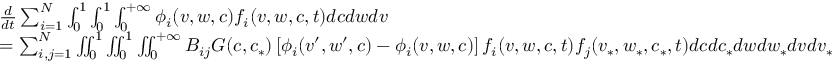
\begin{array} { r l } & { \frac { d } { d t } \sum _ { i = 1 } ^ { N } \int _ { 0 } ^ { 1 } \int _ { 0 } ^ { 1 } \int _ { 0 } ^ { + \infty } \phi _ { i } ( v , w , c ) f _ { i } ( v , w , c , t ) d c d w d v } \\ & { = \sum _ { i , j = 1 } ^ { N } \iint _ { 0 } ^ { 1 } \iint _ { 0 } ^ { 1 } \iint _ { 0 } ^ { + \infty } B _ { i j } G ( c , c _ { * } ) \left[ \phi _ { i } ( v ^ { \prime } , w ^ { \prime } , c ) - \phi _ { i } ( v , w , c ) \right] f _ { i } ( v , w , c , t ) f _ { j } ( v _ { * } , w _ { * } , c _ { * } , t ) d c d c _ { * } d w d w _ { * } d v d v _ { * } } \end{array}